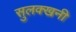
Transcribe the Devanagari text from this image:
सुलक्खनी